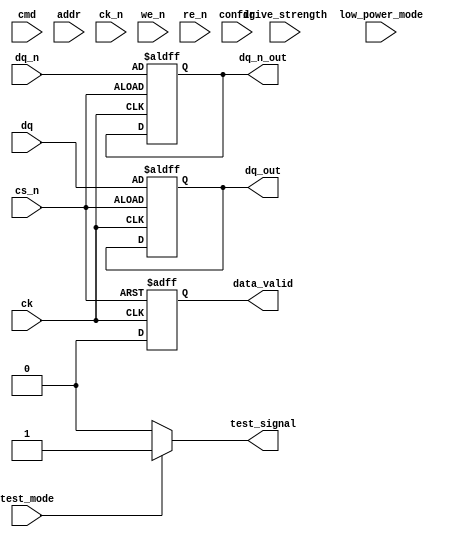
module lpddr2_io_block (
    // Interface Signals
    input  wire [DQ_WIDTH-1:0] dq,        // Data lines
    input  wire [DQ_WIDTH-1:0] dq_n,      // Complementary Data lines
    input  wire [CMD_WIDTH-1:0] cmd,      // Command lines
    input  wire [ADDR_WIDTH-1:0] addr,    // Address lines
    input  wire ck,                       // Clock line
    input  wire ck_n,                     // Complementary Clock line
    input  wire cs_n,                     // Chip Select
    input  wire we_n,                     // Write Enable
    input  wire re_n,                     // Read Enable
    output wire [DQ_WIDTH-1:0] dq_out,    // Data output
    output wire [DQ_WIDTH-1:0] dq_n_out,  // Complementary Data output
    output wire data_valid,                // Data Valid signal
    input  wire [1:0] drive_strength,      // Drive strength control
    // Power Management
    input  wire low_power_mode,            // Low power mode control
    // Configuration
    input  wire [CONFIG_WIDTH-1:0] config, // Configuration register
    // Test and Debug
    input  wire test_mode,                 // Test mode control
    output wire test_signal                 // Test signal output
);

// Parameters
parameter DQ_WIDTH = 16;                  // Number of data lines
parameter CMD_WIDTH = 4;                   // Number of command lines
parameter ADDR_WIDTH = 12;                 // Number of address lines
parameter CONFIG_WIDTH = 8;                // Configuration register width

// Internal signals
reg [DQ_WIDTH-1:0] dq_buffer;
reg [DQ_WIDTH-1:0] dq_n_buffer;
reg data_valid_reg;
reg [DQ_WIDTH-1:0] drive_strength_reg;

// I/O Buffers
always @(posedge ck or negedge cs_n) begin
    if (!cs_n) begin
        dq_buffer <= dq;               // Capture data on rising edge
        dq_n_buffer <= dq_n;           // Capture complementary data
        data_valid_reg <= 1'b1;         // Assert data valid
    end else begin
        data_valid_reg <= 1'b0;         // Deassert data valid
    end
end

assign dq_out = dq_buffer;
assign dq_n_out = dq_n_buffer;
assign data_valid = data_valid_reg;

// Drive strength control (simplified)
always @(*) begin
    case (drive_strength)
        2'b00: drive_strength_reg = 1;  // Low drive strength
        2'b01: drive_strength_reg = 2;  // Medium drive strength
        2'b10: drive_strength_reg = 3;  // High drive strength
        default: drive_strength_reg = 1; // Default to low
    endcase
end

// Low Power Mode Handling
always @(posedge low_power_mode) begin
    if (low_power_mode) begin
        // Logic to enter low power mode
    end else begin
        // Logic to exit low power mode
    end
end

// Test and Debug Features
assign test_signal = test_mode ? 1'b1 : 1'b0; // Simple test signal for debug

// Error Detection and Correction (ECC) could be implemented here
// Additional logic for termination, signal conditioning, etc. can be added

endmodule